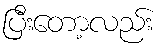
ပြီးတော့လည်း